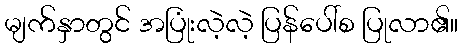
မျက်နှာတွင် အပြုံးလဲ့လဲ့ ပြန်ပေါ်စ ပြုလာ၏။